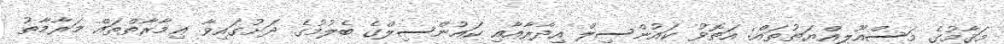
މަޤާމުގެ މަސްއޫލިއްޔަތުތައް: އަތޮޅު ކައުންސިލް އިދާރާއާއި ކައުންސިލްގެ ބެލުމުގެ ދަށުގައިވާ ޢިމާރާތްތައް މަރާމާތު